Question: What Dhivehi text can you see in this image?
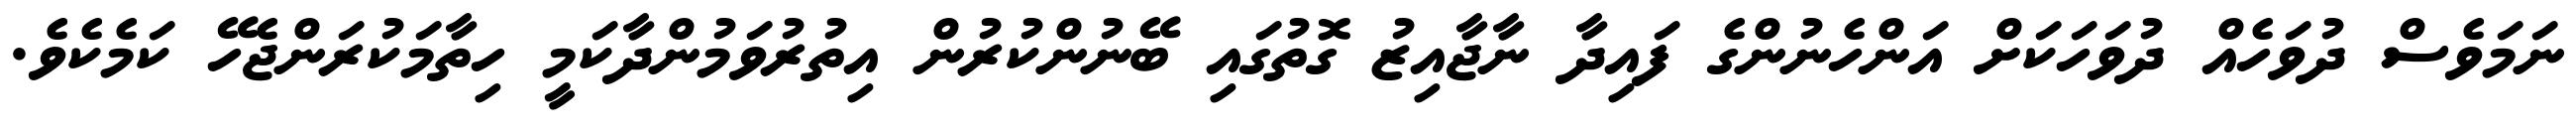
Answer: ނަމަވެސް ދުވަހެއް ދުވަހަކަށް އަންހެނުންގެ ފައިދާ ނާޖާއިޒު ގޮތުގައި ބޭނުންކުރުން އިތުރުވަމުންދާކަމީ ހިތާމަކުރަންޖެހޭ ކަމެކެވެ.